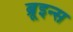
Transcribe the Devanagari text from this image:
ब्रूइन्स